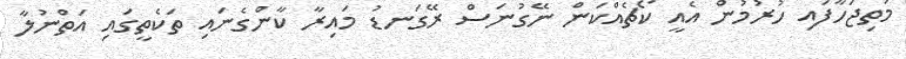
މަތިޖަހާފައި ހުރުމުން އެއީ ކޯޗެއްކަން ނޭގުނަސް ރޭގަނޑު މައިރާ ކާންގެނައި ތަކެތީގައި އަތްނުލާ